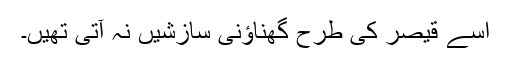
اسے قیصر کی طرح گھناؤنی سازشیں نہ آتی تھیں۔